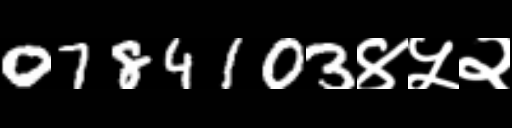
Text: 0784103४५२